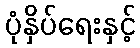
ပုံနှိပ်ရေးနှင့်